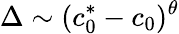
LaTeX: \Delta\sim(c_{0}^{*}-c_{0})^{\theta}